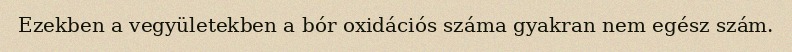
Ezekben a vegyületekben a bór oxidációs száma gyakran nem egész szám.